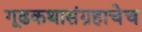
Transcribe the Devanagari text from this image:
गूढकथासंग्रहाचेच